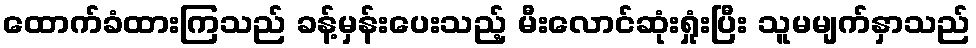
ထောက်ခံထားကြသည် ခန့်မှန်းပေးသည့် မီးလောင်ဆုံးရှုံးပြီး သူမမျက်နှာသည်